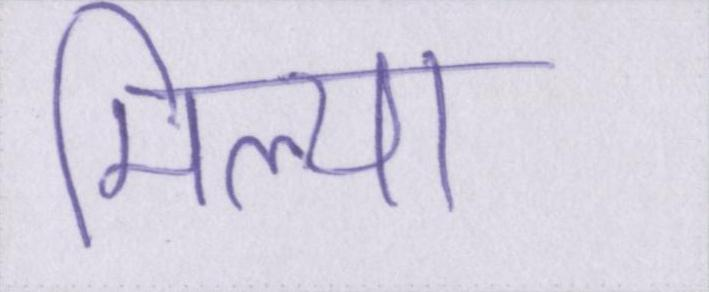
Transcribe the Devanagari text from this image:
मिल्या